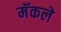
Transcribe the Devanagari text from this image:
मॅकले